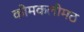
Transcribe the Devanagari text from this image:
कोमकलीमठ